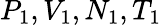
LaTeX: P_{1},V_{1},N_{1},T_{1}